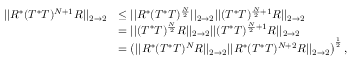
\begin{array} { r l } { | | R ^ { * } ( T ^ { * } T ) ^ { N + 1 } R | | _ { 2 \rightarrow 2 } } & { \leq | | R ^ { * } ( T ^ { * } T ) ^ { \frac { N } { 2 } } | | _ { 2 \rightarrow 2 } | | ( T ^ { * } T ) ^ { \frac { N } { 2 } + 1 } R | | _ { 2 \rightarrow 2 } } \\ & { = | | ( T ^ { * } T ) ^ { \frac { N } { 2 } } R | | _ { 2 \rightarrow 2 } | | ( T ^ { * } T ) ^ { \frac { N } { 2 } + 1 } R | | _ { 2 \rightarrow 2 } } \\ & { = \left( | | R ^ { * } ( T ^ { * } T ) ^ { N } R | | _ { 2 \rightarrow 2 } | | R ^ { * } ( T ^ { * } T ) ^ { N + 2 } R | | _ { 2 \rightarrow 2 } \right) ^ { \frac { 1 } { 2 } } , } \end{array}